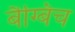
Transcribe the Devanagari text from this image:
बैग्बिच